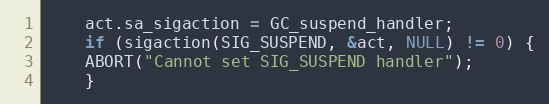
Language: C
    act.sa_sigaction = GC_suspend_handler;
    if (sigaction(SIG_SUSPEND, &act, NULL) != 0) {
	ABORT("Cannot set SIG_SUSPEND handler");
    }